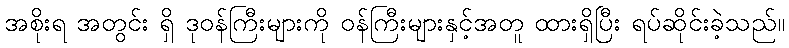
အစိုးရ အတွင်း ရှိ ဒုဝန်ကြီးများကို ဝန်ကြီးများနှင့်အတူ ထားရှိပြီး ရပ်ဆိုင်းခဲ့သည်။